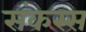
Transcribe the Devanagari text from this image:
संकस्स